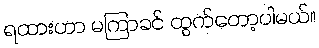
ရထားဟာ မကြာခင် ထွက်တော့ပါမယ်။